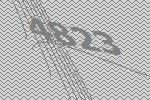
4823